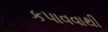
કપાવવાથી